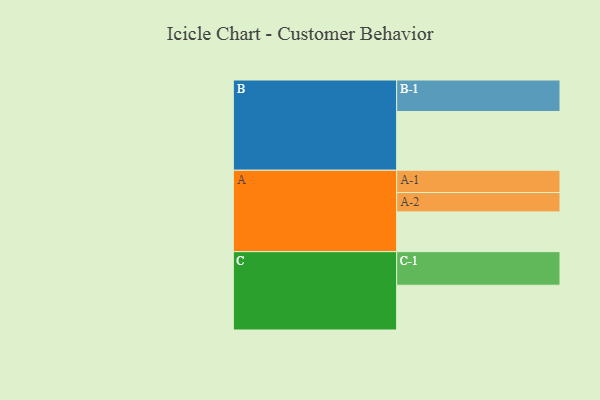
{"axis": {"x": "Segment", "y": "Value"}, "legend": ["", "A", "B", "C"], "data": [{"x": "A", "y": 341, "type": ""}, {"x": "B", "y": 504, "type": ""}, {"x": "C", "y": 384, "type": ""}, {"x": "A-1", "y": 191, "type": "A"}, {"x": "A-2", "y": 166, "type": "A"}, {"x": "B-1", "y": 270, "type": "B"}, {"x": "C-1", "y": 288, "type": "C"}]}